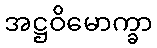
အဋ္ဌဝိမောက္ခာ